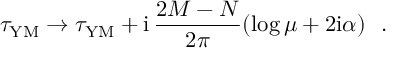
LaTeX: \tau _ { \mathrm { Y M } } \rightarrow \tau _ { \mathrm { Y M } } + \mathrm { i } \, \frac { 2 M - N } { 2 \pi } ( \log \mu + 2 \mathrm { i } \alpha ) ~ ~ .